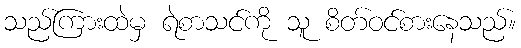
သည်ကြားထဲမှ ရဲစာသင်ကို သူ စိတ်ဝင်စားနေသည်။